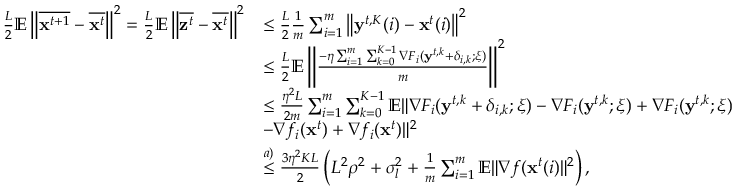
\begin{array} { r l } { \frac { L } { 2 } \mathbb { E } \left\| \overline { { \mathbf { x } ^ { t + 1 } } } - \overline { { \mathbf { x } ^ { t } } } \right\| ^ { 2 } = \frac { L } { 2 } \mathbb { E } \left\| \overline { { \mathbf { z } ^ { t } } } - \overline { { \mathbf { x } ^ { t } } } \right\| ^ { 2 } } & { \leq \frac { L } { 2 } \frac { 1 } { m } \sum _ { i = 1 } ^ { m } \left\| \mathbf { y } ^ { t , K } ( i ) - \mathbf { x } ^ { t } ( i ) \right\| ^ { 2 } } \\ & { \leq \frac { L } { 2 } \mathbb { E } \left\| \frac { - \eta \sum _ { i = 1 } ^ { m } \sum _ { k = 0 } ^ { K - 1 } \nabla F _ { i } ( \mathbf { y } ^ { t , k } + \delta _ { i , k } ; \xi ) } { m } \right\| ^ { 2 } } \\ & { \leq \frac { \eta ^ { 2 } L } { 2 m } \sum _ { i = 1 } ^ { m } \sum _ { k = 0 } ^ { K - 1 } \mathbb { E } \| \nabla F _ { i } ( \mathbf { y } ^ { t , k } + \delta _ { i , k } ; \xi ) - \nabla F _ { i } ( \mathbf { y } ^ { t , k } ; \xi ) + \nabla F _ { i } ( \mathbf { y } ^ { t , k } ; \xi ) } \\ & { - \nabla f _ { i } ( \mathbf { x } ^ { t } ) + \nabla f _ { i } ( \mathbf { x } ^ { t } ) \| ^ { 2 } } \\ & { \overset { a ) } { \leq } \frac { 3 \eta ^ { 2 } K L } { 2 } \left( L ^ { 2 } \rho ^ { 2 } + \sigma _ { l } ^ { 2 } + \frac { 1 } { m } \sum _ { i = 1 } ^ { m } \mathbb { E } \| \nabla f ( \mathbf { x } ^ { t } ( i ) \| ^ { 2 } \right) , } \end{array}